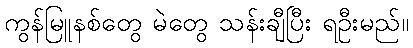
ကွန်မြူနစ်တွေ မဲတွေ သန်းချီပြီး ရဦးမည်။